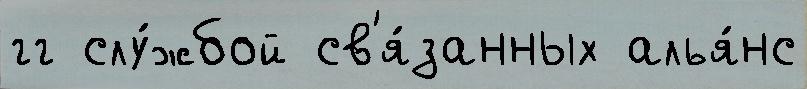
гг слу́жбой св'я́занных алья́нс